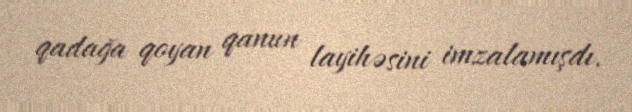
qadağa qoyan qanun layihəsini imzalamışdı.